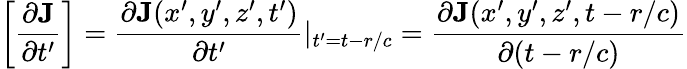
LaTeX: \left[\frac{\partial\mathbf{J}}{\partial t^{\prime}}\right]=\frac{\partial\mathbf{J}(x^{\prime},y^{\prime},z^{\prime},t^{\prime})}{\partial t^{\prime}}|_{t^{\prime}=t-r/c}=\frac{\partial\mathbf{J}(x^{\prime},y^{\prime},z^{\prime},t-r/c)}{\partial(t-r/c)}